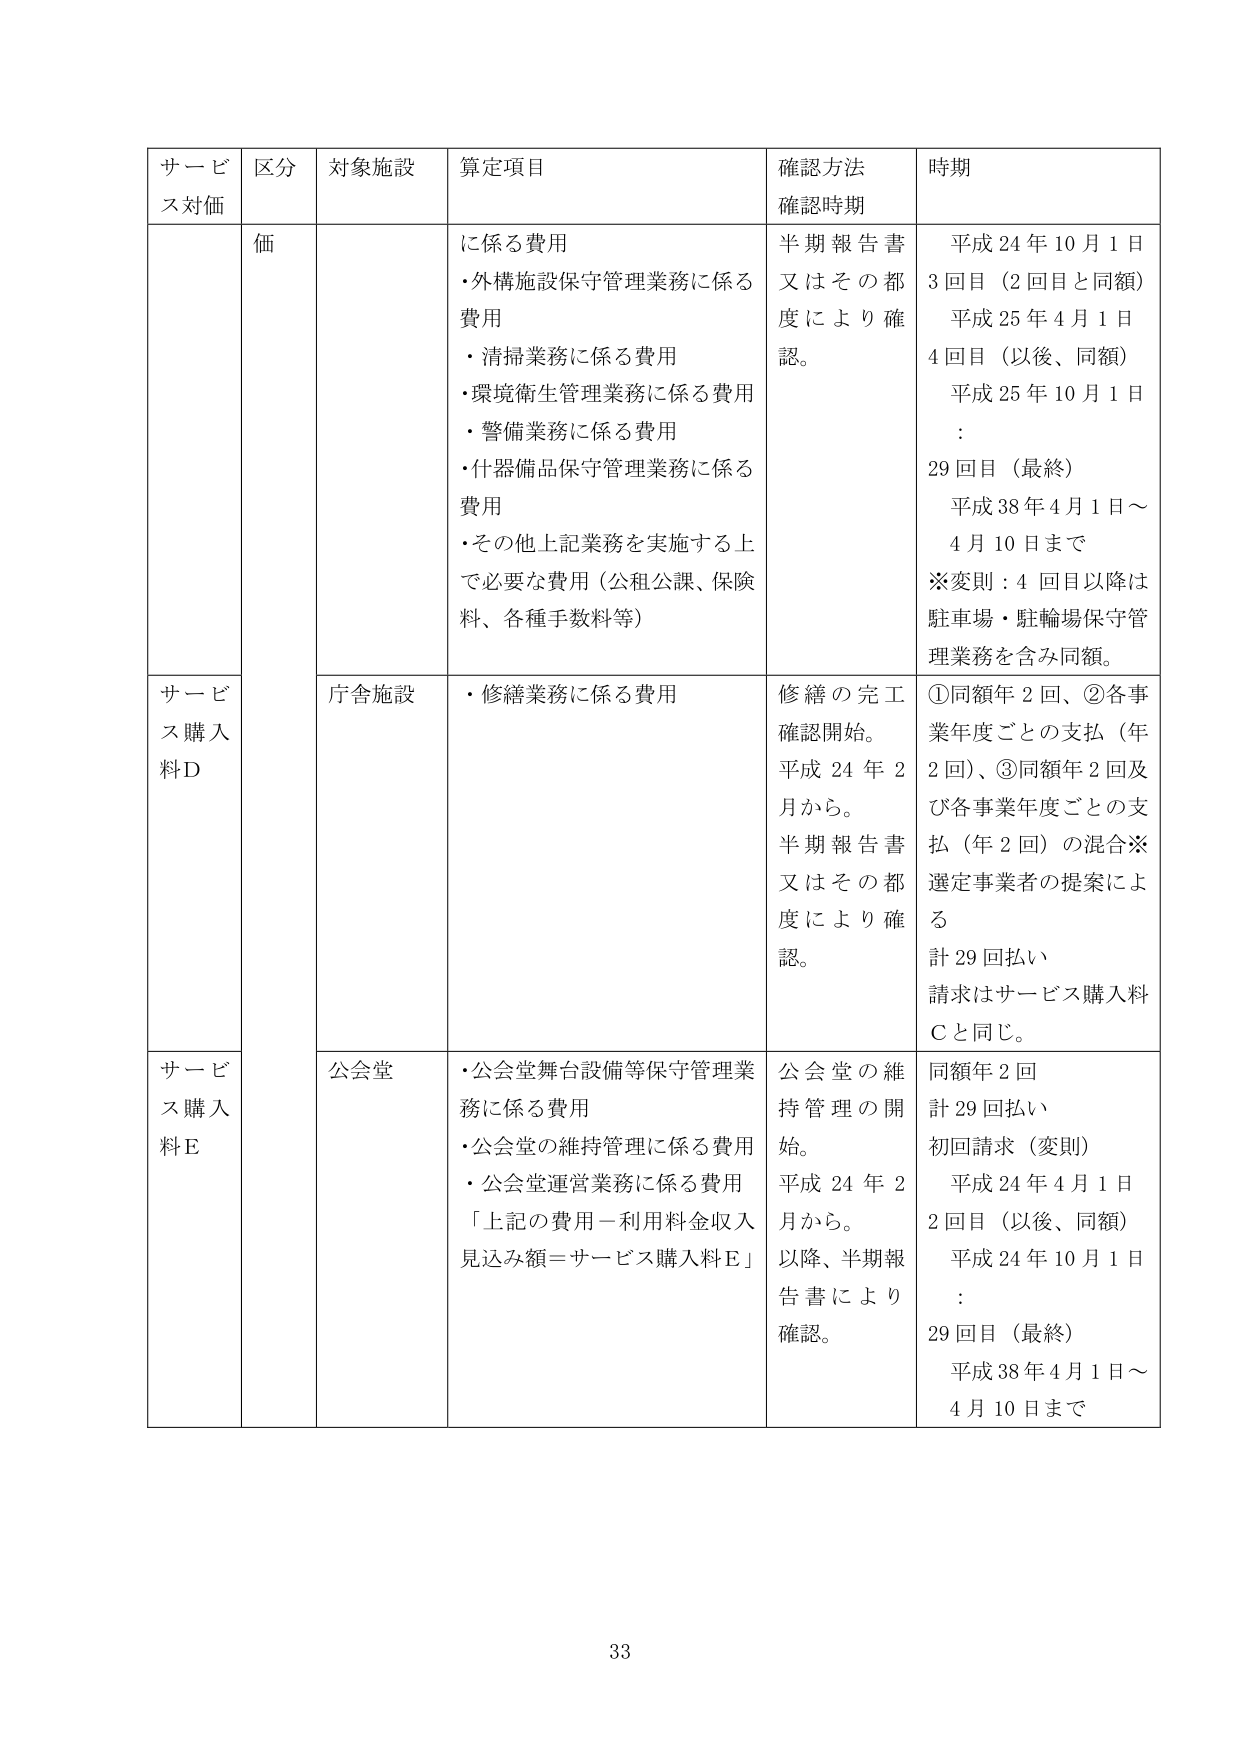
サービス対価 区分 対象施設 算定項目 確認方法 確認時期 時期 価 に係る費用 ・外構施設保守管理業務に係る費用 ・清掃業務に係る費用 ・環境衛生管理業務に係る費用 ・警備業務に係る費用 ・什器備品保守管理業務に係る費用 ・その他上記業務を実施する上で必要な費用（公租公課、保険料、各種手数料等） 半期報告書又はその都度により確認。 平成24年10月1日 3回目（2回目と同額） 平成25年4月1日 4回目（以後、同額） 平成25年10月1日 ： 29回目（最終） 平成38年4月1日～4月10日まで ※変則：4回目以降は駐車場・駐輪場保守管理業務を含み同額。 サービス購入料D 庁舎施設 ・修繕業務に係る費用 修繕の完工確認開始。平成24年2月から。半期報告書又はその都度により確認。 ①同額年2回、②各事業年度ごとの支払（年2回）、③同額年2回及び各事業年度ごとの支払（年2回）の混合※選定事業者の提案による 計29回払い 請求はサービス購入料Cと同じ。 サービス購入料E 公会堂 ・公会堂舞台設備等保守管理業務に係る費用 ・公会堂の維持管理に係る費用 ・公会堂運営業務に係る費用 「上記の費用－利用料金収入見込み額＝サービス購入料E」 公会堂の維持管理の開始。平成24年2月から。以降、半期報告書により確認。 同額年2回 計29回払い 初回請求（変則） 平成24年4月1日 2回目（以後、同額） 平成24年10月1日 ： 29回目（最終） 平成38年4月1日～4月10日まで 33